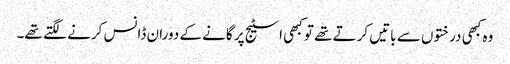
وہ کبھی درختوں سے باتیں کرتے تھے تو کبھی اسٹیج پر گانے کے دوران ڈانس کرنے لگتے تھے۔